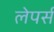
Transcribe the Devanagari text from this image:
लेपर्स